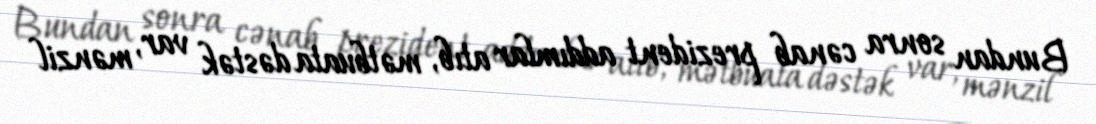
Bundan sonra cənab prezident addımlar atıb, mətbuata dəstək var, mənzil